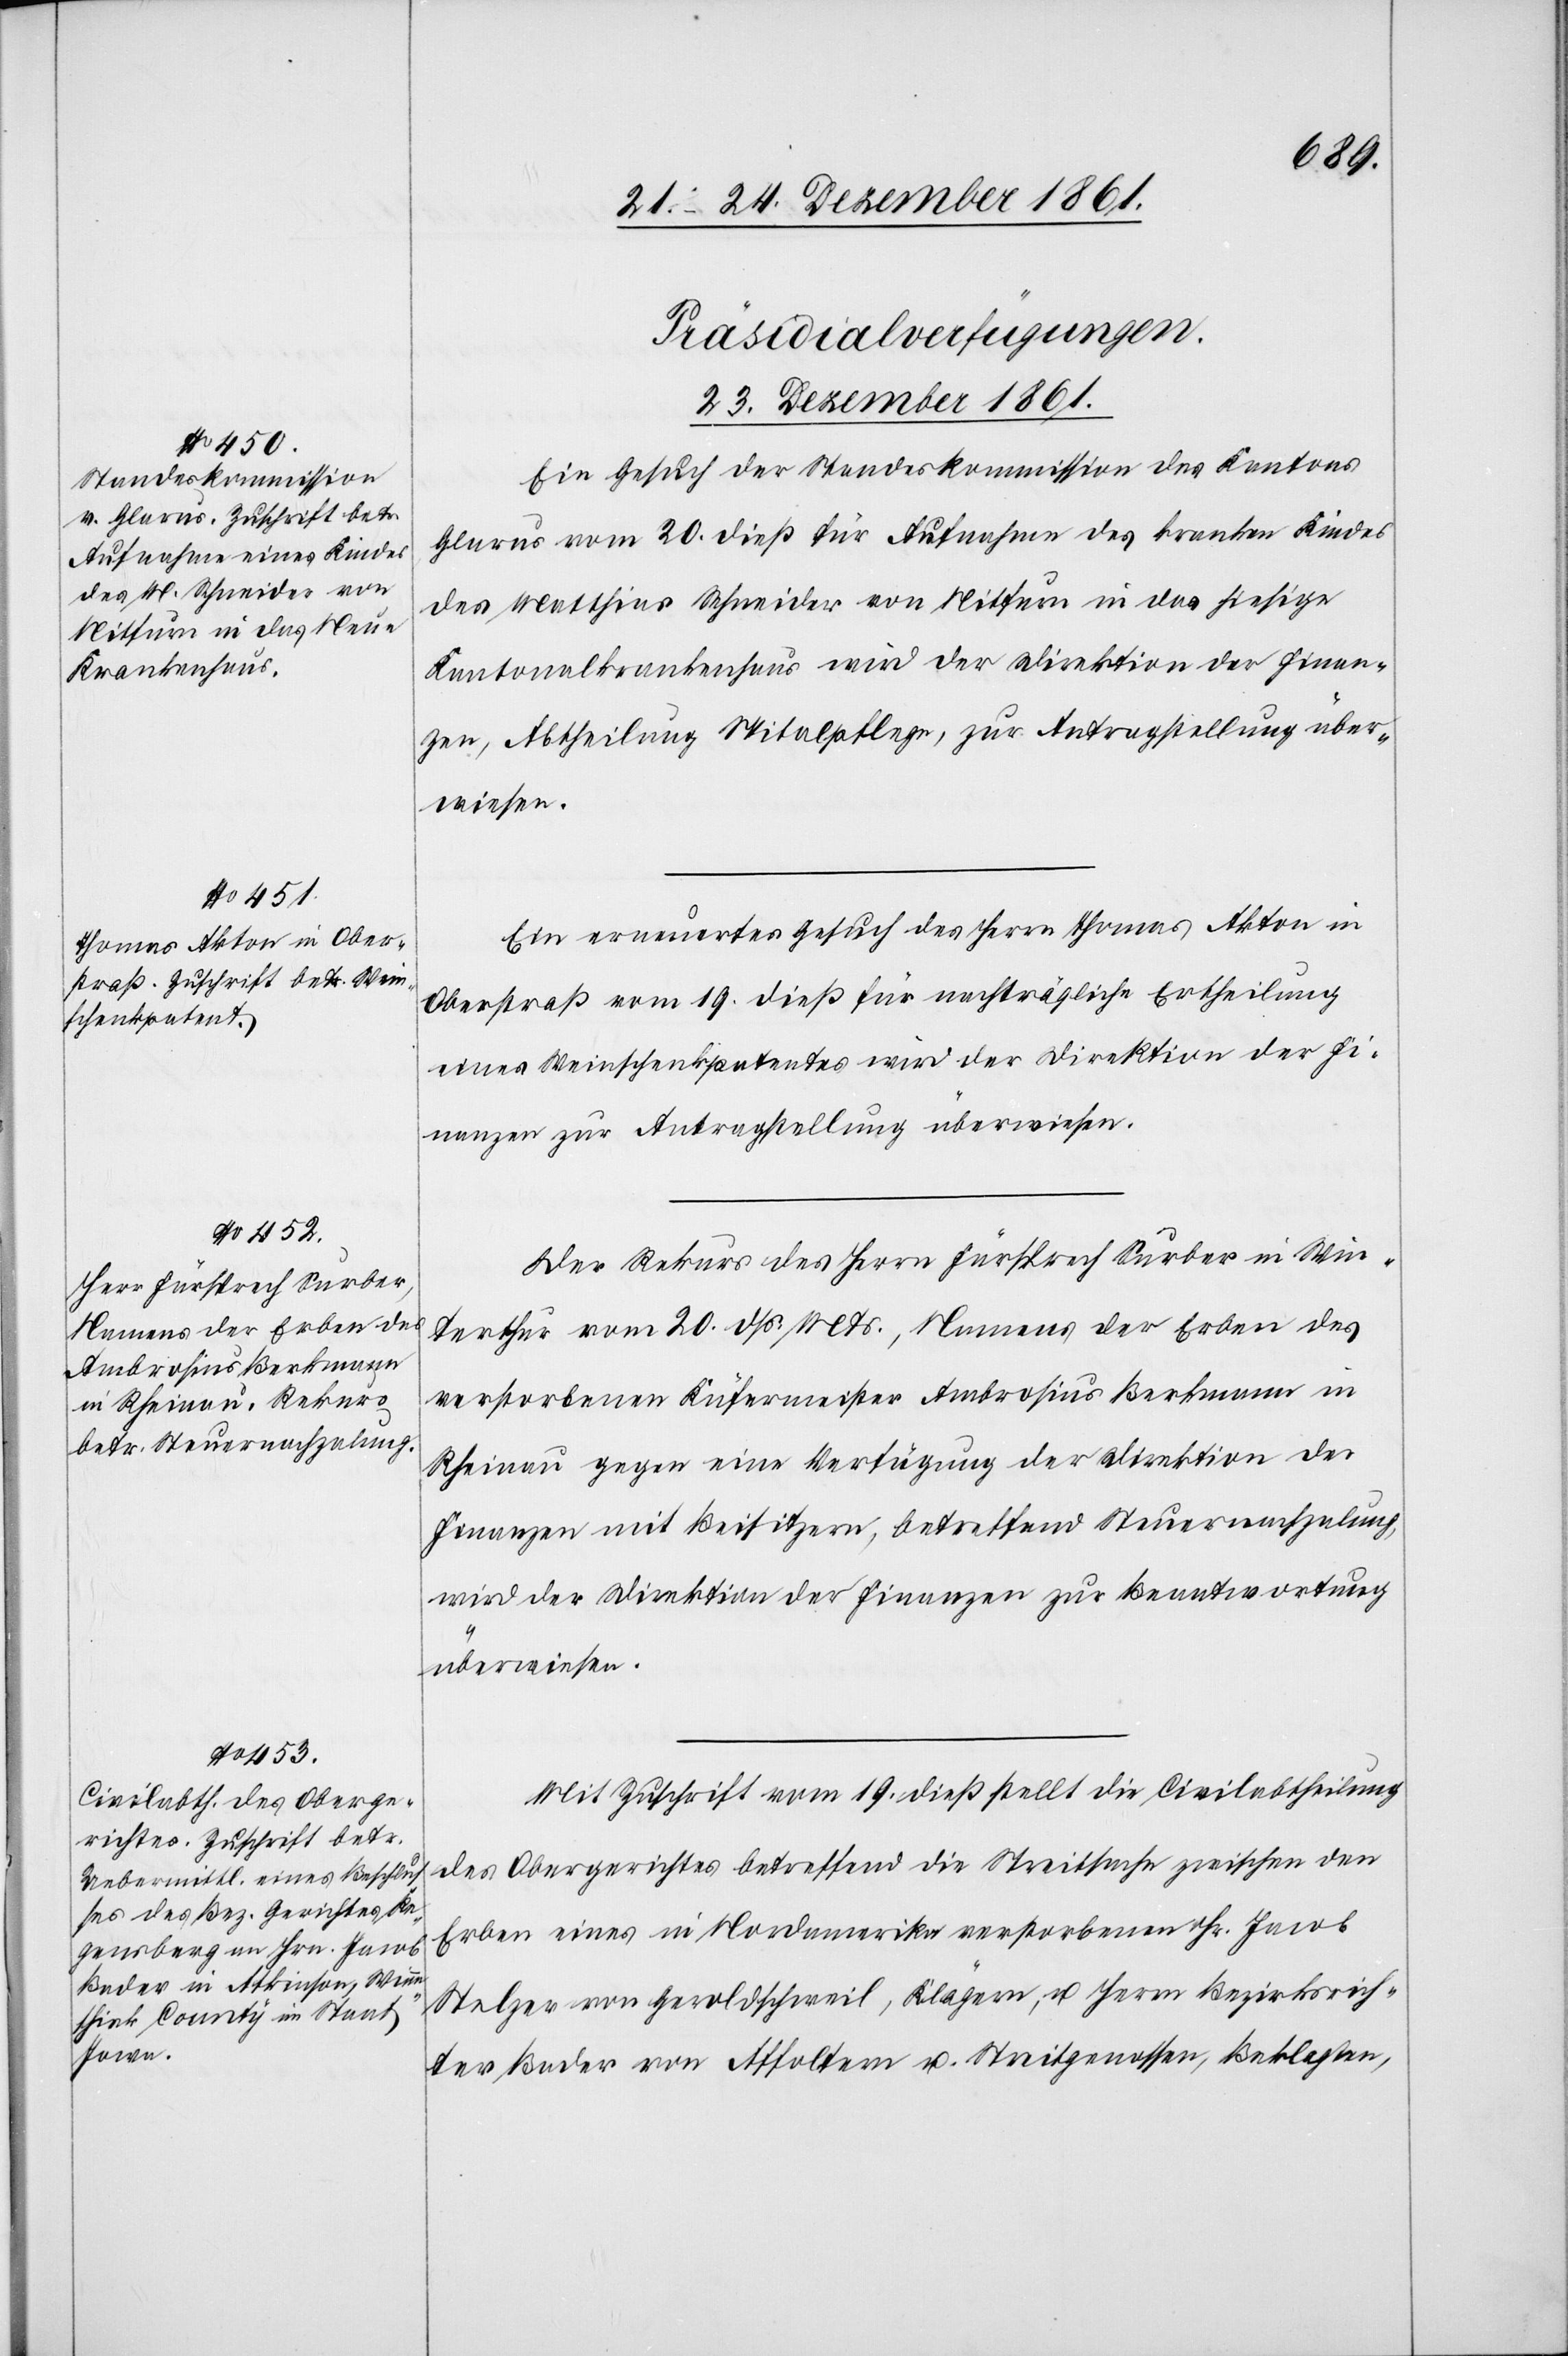
[Präsidialverfügungen.
23. December 1861.]
Ein Gesuch der Standeskommission des Kantons
Glarus vom 20 dieß für Aufnahme des kranken Kindes
des Matthias Schneider von Nitfurn in das hiesige
Kantonalkrankenhaus wird der Direktion der Finan¬
zen, Abtheilung Spitalpflege, zur Antragstellung über¬
wiesen.
Ein erneuertes Gesuch des Herrn Thomas Akton in
Oberstraß vom 19 dieß für nachträgliche Ertheilung
eines Weinschenkpatentes wird der Direktion der Fi¬
nanzen zur Antragstellung überwiesen.
Der Rekurs des Herrn Fürsprech Surber in Win¬
terthur vom 20 dss. Mts., Namens der Erben des
verstorbenen Küfermeister Ambrosius Berkmann in
Rheinau gegen eine Verfügung der Direktion der
Finanzen mit Beisitzern, betreffend Steuernachzahlung,
wird der Direktion der Finanzen zur Beantwortung
überwiesen.
Mit Zuschrift vom 19 dieß stellt die Civilabtheilung
des Obergerichtes betreffend die Streitsache zwischen den
Erben eines in Nordamerika verstorbenen Hr. Jacob
Stelzer in Geroldschweil, Klägern, u. Herrn Bezirksrich¬
ter Bader von Affoltern v. Streitgenossen, Beklagten,